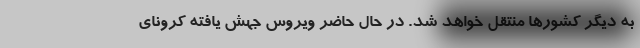
به دیگر کشورها منتقل خواهد شد. در حال حاضر ویروس جهش یافته کرونای